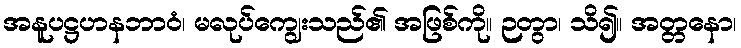
အနူပဋ္ဌဟနဘာဝံ၊ မလုပ်ကျွေးသည်၏ အဖြစ်ကို။ ဉတွာ၊ သိ၍။ အတ္တနော၊